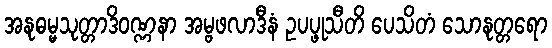
အနုဓမ္မသုတ္တာဒိဝဏ္ဏနာ အမ္ဗဖလာဒီနံ ဥပပ္ဖုသီတိ ပေသိတံ သောနုတ္တရော